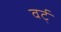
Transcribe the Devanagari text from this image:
वर्ट्